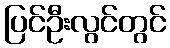
ပြင်ဦးလွင်တွင်